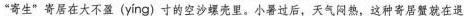
”寄生”寄居在大不盈( yíng )寸的空沙螺壳里。小暑过后，天气闷热，这种寄居蟹就在退